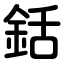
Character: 銛